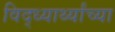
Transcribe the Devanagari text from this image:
विद्ध्यार्थ्यांच्या